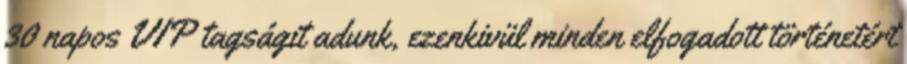
30 napos VIP tagságit adunk, ezenkivül minden elfogadott történetért